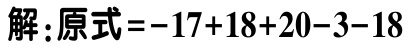
解：原式\(=-17 + 18 + 20 - 3 - 18\)